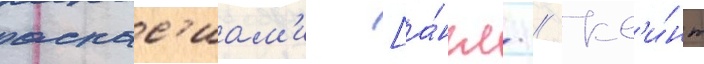
аспас'иам'и [а́нгл. // Кв'и́нт